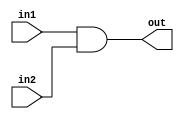
module Andgate2 (out,in1,in2);
input in1,in2;
output out;
assign #1 out=(in1&in2);
endmodule

module Andgate3 (out,in1,in2,in3);
input in1,in2,in3;
output out;
assign #1 out=(in1&in2&in3);
endmodule
module Nandgate3 (out,in1,in2,in3);
input in1,in2,in3;
output out;
assign #1 out=~(in1&in2&in3);
endmodule
module Andgate4 (out,in1,in2,in3,in4);
input in1,in2,in3,in4;
output out;
assign #1 out=(in1&in2&in3&in4);
endmodule

module Invgate (out,in1);
input in1;
output out;
assign #1 out=~(in1);
endmodule

module Orgate3 (out,in1,in2,in3);
input in1,in2,in3;
output out;
assign #1 out=(in1|in2|in3);
endmodule

module Orgate4 (out,in1,in2,in3,in4);
input in1,in2,in3,in4;
output out;
assign #1 out=(in1|in2|in3|in4);
endmodule

module Orgate2 (out,in1,in2);
input in1,in2;
output out;
assign #1 out=(in1|in2);
endmodule

module Nandgate (out,in1,in2);
input in1,in2;
output out;
assign #1 out=~(in1&in2);
endmodule



module Xnorgate (out,in1,in2);
input in1,in2;
output out;
assign #1 out=~(in1^in2);
endmodule

module Xorgate3 (out,in1,in2,in3);
input in1,in2,in3;
output out;
assign #1 out=(in1^in2^in3);
endmodule




module Norgate (out,in1,in2);
input in1,in2;
output out;
assign #1 out=~(in1|in2);
endmodule


module Xorgate (out,in1,in2);
input in1,in2;
output out;
assign #1 out=(in1^in2);
endmodule